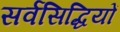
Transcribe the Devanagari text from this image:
सर्वसिद्धियों